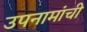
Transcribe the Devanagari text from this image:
उपनामांची